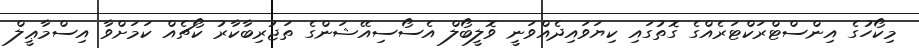
މިކޯހުގެ އިންސްޓްރަކްޓަރެއްގެ ގޮތުގައި ކިޔަވައިދެއްވަނީ ވޮލީބޯލް އެސޯސިއޭޝަންގެ ތަޖުރިބާކާރު ކޯޗެއް ކަމަށްވާ އިސްމާޢީލް